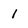
Character: 1